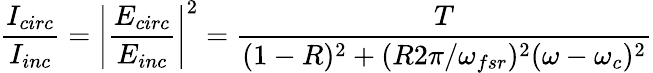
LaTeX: \frac{I_{circ}}{I_{inc}}=\left|\frac{E_{circ}}{E_{inc}}\right|^{2}=\frac{T}{(1-R)^{2}+(R2\pi/\omega_{fsr})^{2}(\omega-\omega_{c})^{2}}